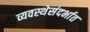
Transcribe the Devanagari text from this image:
व्यवस्थेसंदर्भात